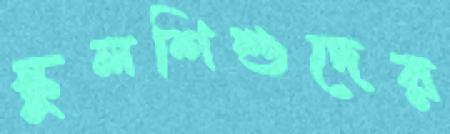
স্কুলশিশুদের